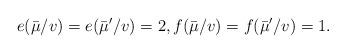
LaTeX: \begin{align*}e(\bar{\mu}/v)=e(\bar{\mu}'/v)=2,f(\bar{\mu}/v)=f(\bar{\mu}'/v)=1.\end{align*}